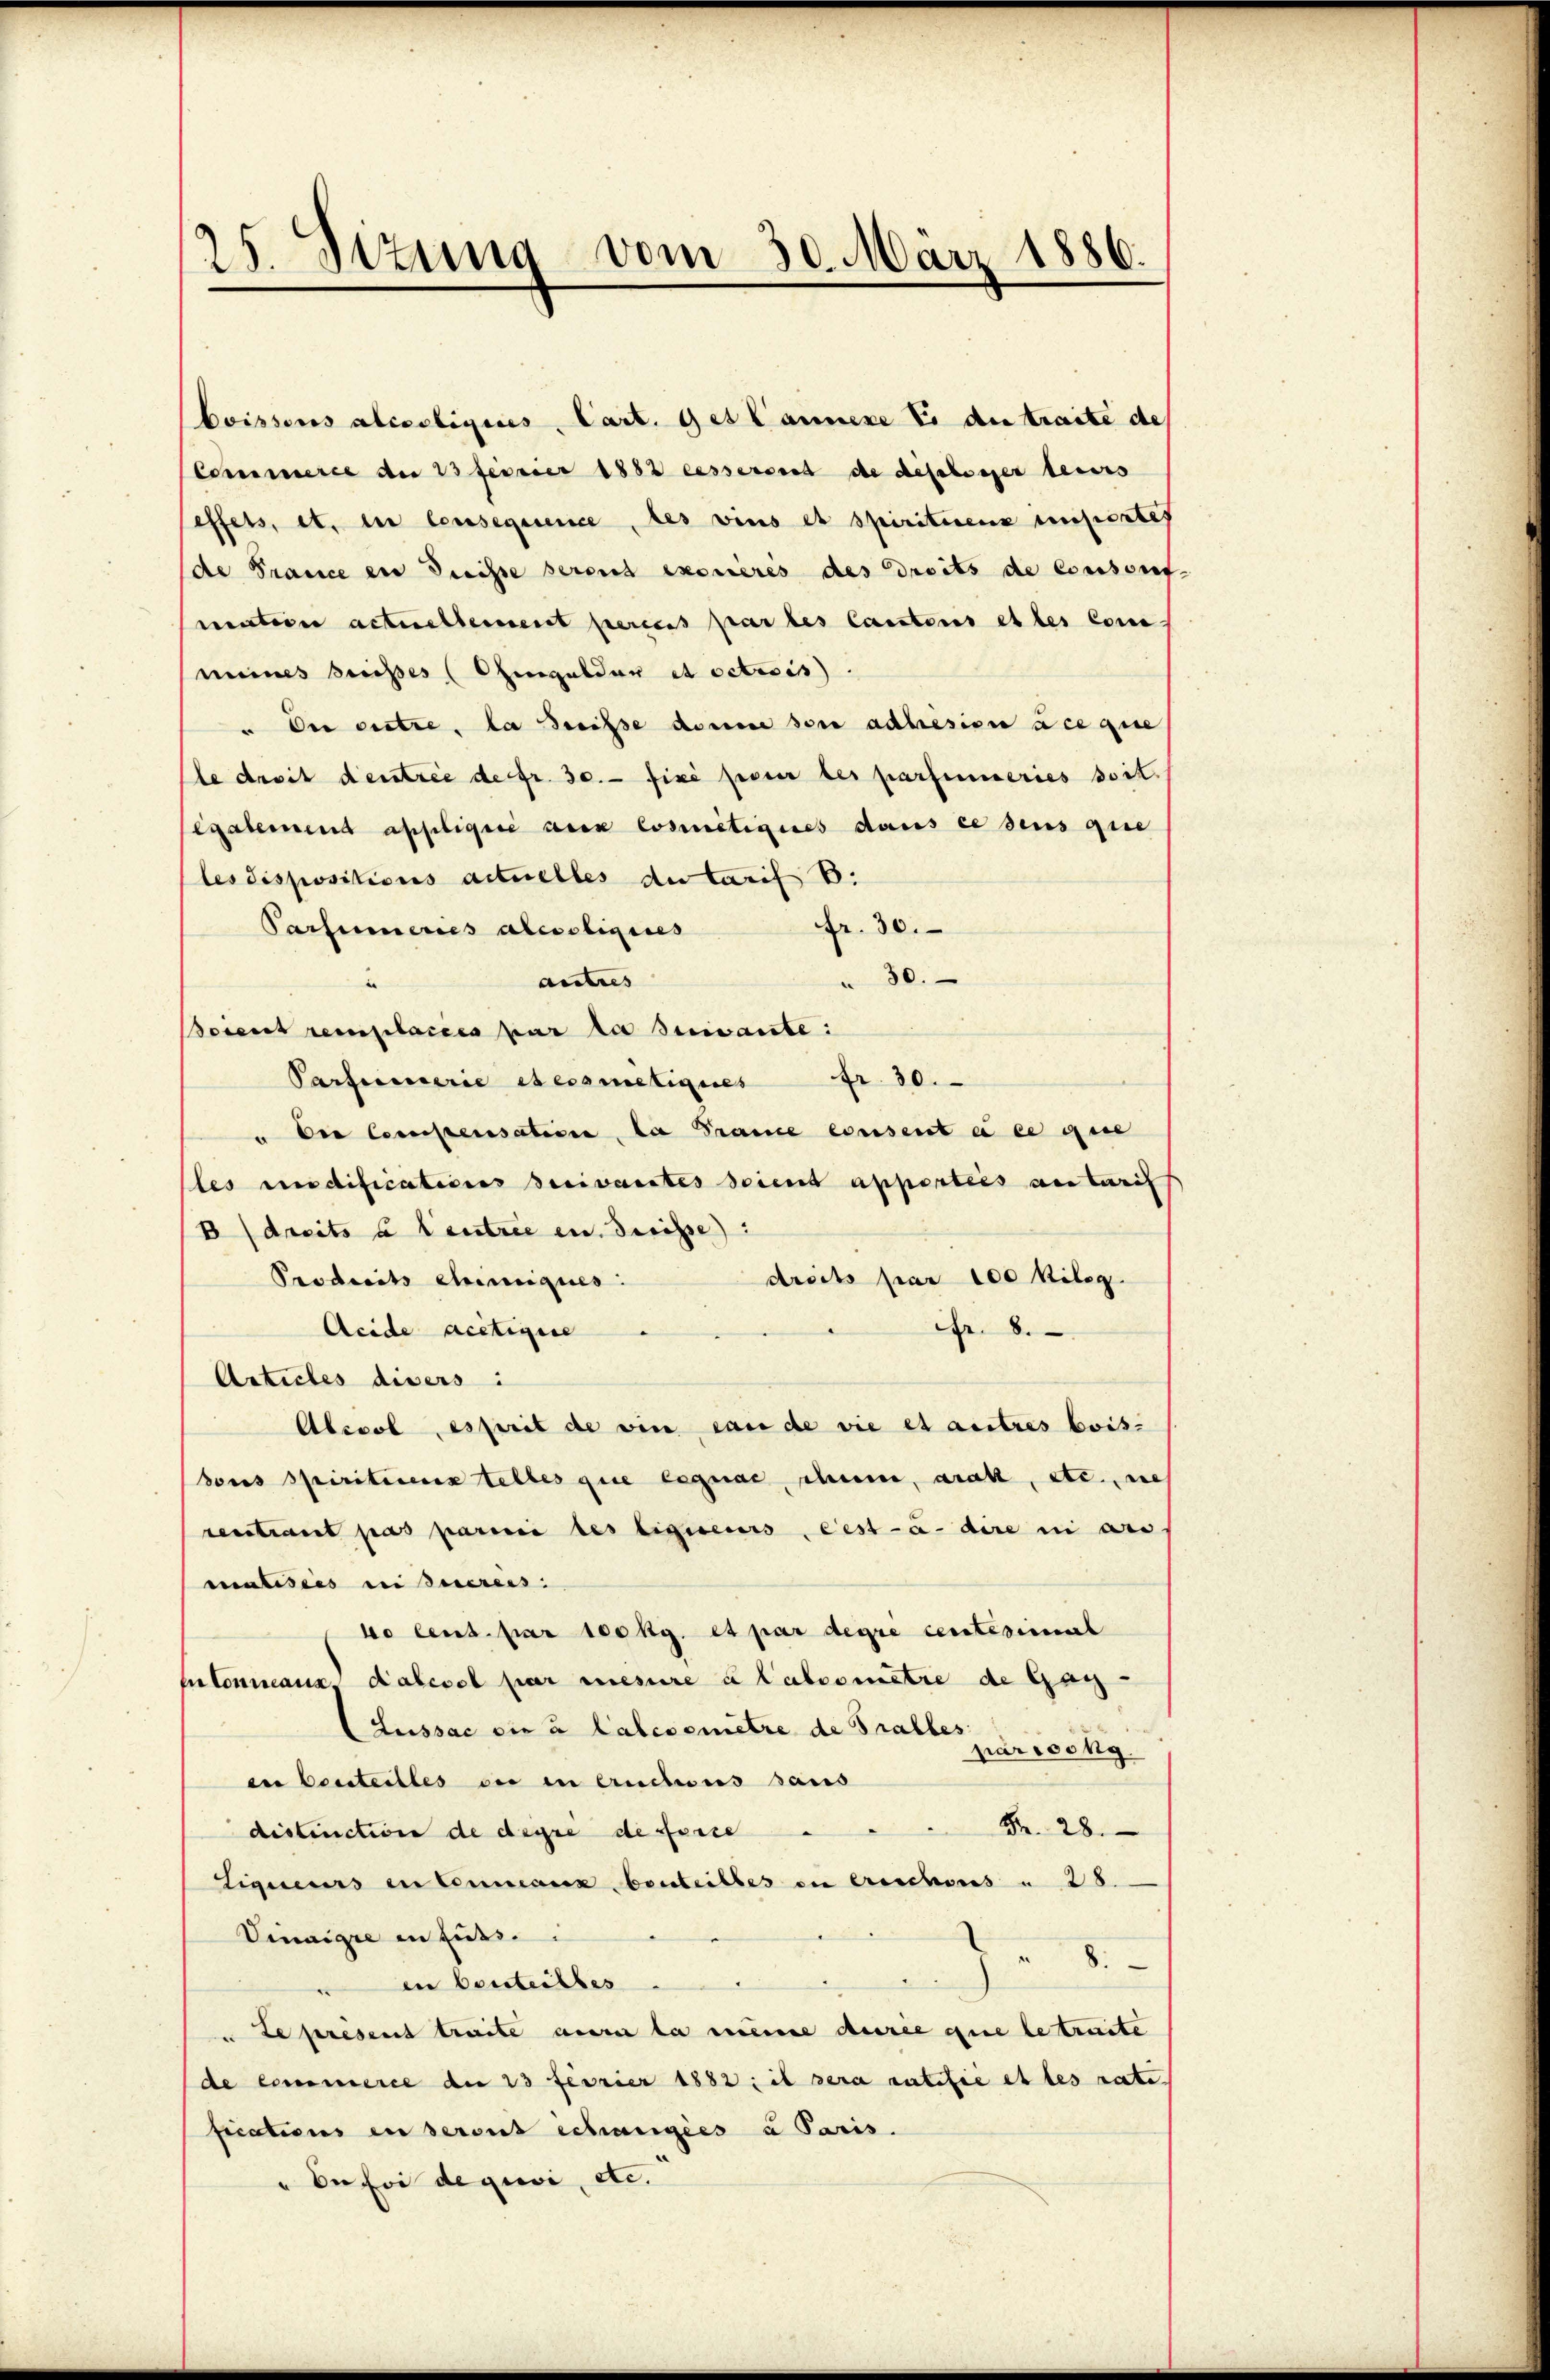
25. Sizung vom 30. März 1886.

Coissous alcessigis, Cart. Ges Lannere Er de traite des
Comerce der 23 feiner 1882 eesserseit de dischosser teurs
effets, et, in Consequence, des vins et spiriturenz impertes
de France en dreisse seront exoneres des droits de consorf-
mation actuellement perces par les Cantons et les cons
meines Suisses Ohmgelder et octicis.
" Der entre la disse den son adhision à ce que
le droit dentree de fr. 30. fixé poser des parfameries soit.
egalemend appliqué aux losmetiques dans ce sens que
les dispositions actuelles du Carif B.
fr. 30.
Parsumeries alereligies
 30.
autres
Scient remplacées par la suivante:
Parfeinerie ebensmetiques Fr. 30.
" Der Compensation, la France consent à ce que
les indificationes Berivantes seient apportées an trif
B dreits à Centrie en dreisse):
Produits Chemiques.
droits par 100 Kilog.
Acide actigire
fr. 8.
Articles divers:
Abcool, es prit de vie can de die et autres bois-
dons Spiritienstelles que legnac, schnen, arat, etc. nich
rentiant pas parini des ligneurs, cest-à-dire in au
matiseis einereis.
do cent. par 100 kg. et par degré centesimal
Inconnanes Kabevel par mesure à labeometre de Gar¬
Lussac die à labevemêtre de Tralles
parrockg
en Centeiles der in Eructions sans
Fr. 28.
distinction de degré de forte
Ligueurs in Commann beurteiltes zu erischens u 28.
Vinaire in Fuss.
8
en besteilbes
u de present traite aura la meine durée que le traite
de commerce der 23 fevrier 1882: il sera ratifie et les rate
fications en seront schargées a Paris.
" de foi de qui etc.